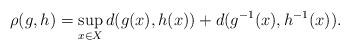
LaTeX: \begin{align*} \rho(g,h) = \sup_{x\in X}d(g(x),h(x))+d(g^{-1}(x),h^{-1}(x)).\end{align*}